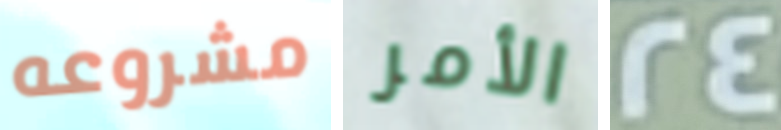
مشروعه الأمر 24